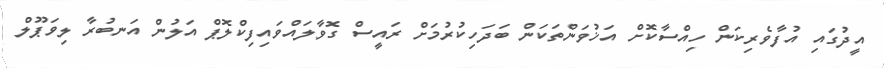
އީދުގައި އުފާވެރިކަން ހިއްސާކޮށް އަޚުވަންތަކަން ބަދަހިކުރުމަށް ރައީސް ގޮވާލައްވައިފިކްލޮޕް އަލުން އަނބުރާ ލިވަޕޫލް